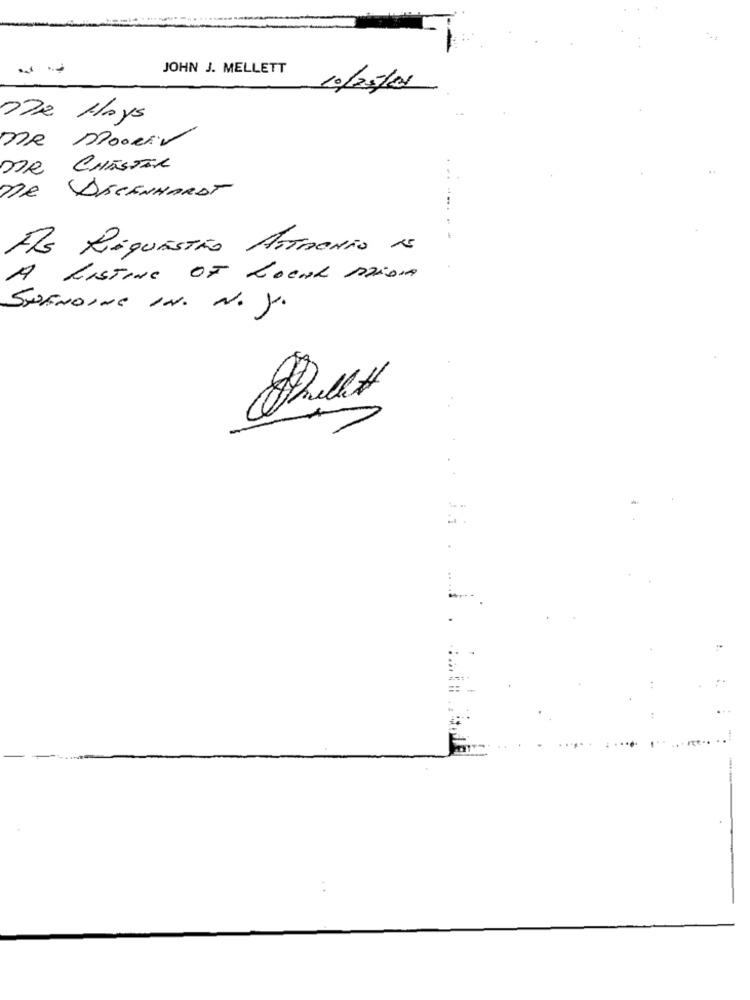
JOHN J. MELLETT
10/05/01
De Hoys
De Dooiv
ne
CHESTER
ne
DISCENHARDT
As RequESTÃO ATTACNÃO 15
A LISTING OF LOCAL MEDIA
SPENDING IN. N. J.